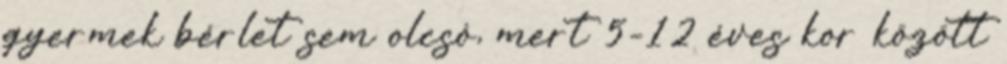
gyermek bérlet sem olcsó, mert 5-12 éves kor között